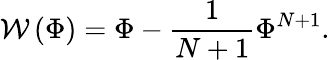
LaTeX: {\mathcal W}\left(\Phi\right)=\Phi-\frac{1}{N+1}\Phi^{N+1}.